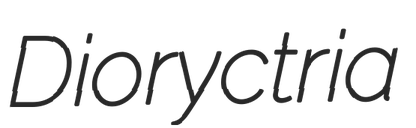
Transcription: Dioryctria